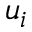
u _ { i }